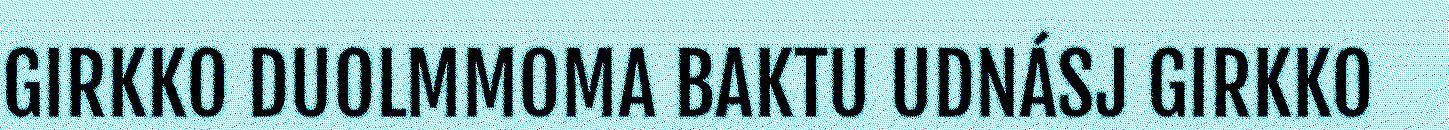
GIRKKO DUOLMMOMA BAKTU UDNÁSJ GIRKKO